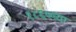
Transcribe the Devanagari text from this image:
१८६७च्या